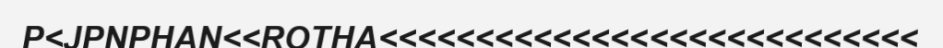
P<JPNPHAN<<ROTHA<<<<<<<<<<<<<<<<<<<<<<<<<<<<